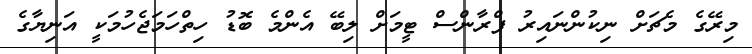
މިރޭގެ މެޗަށް ނިކުންނައިރު ފްރާންސް ޓީމަށް ލިބޭ އެންމެ ބޮޑު ހިތްހަމަޖެހުމަކީ އަނިޔާގެ